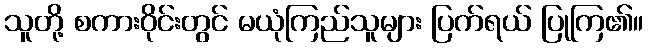
သူတို့ စကားဝိုင်းတွင် မယုံကြည်သူများ ပြက်ရယ် ပြုကြ၏။